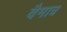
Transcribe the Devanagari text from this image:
वैमात्र